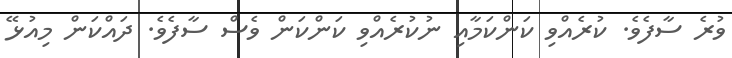
ވުރެ ސާފެވެ. ކުރެއްވި ކަންކަމާއި ނުކުރެއްވި ކަންކަން ވެސް ސާފެވެ. ދައްކަން މިއުޅޭ